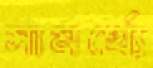
সামর্থ্যে